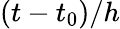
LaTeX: (t-t_{0})/h